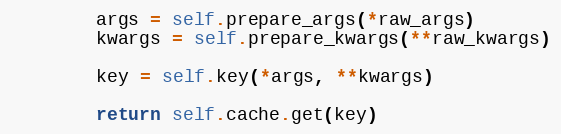
Language: Python
        args = self.prepare_args(*raw_args)
        kwargs = self.prepare_kwargs(**raw_kwargs)

        key = self.key(*args, **kwargs)

        return self.cache.get(key)